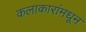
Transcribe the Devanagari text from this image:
कलाकारांमधून